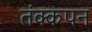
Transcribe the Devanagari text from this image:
तंक्कपन